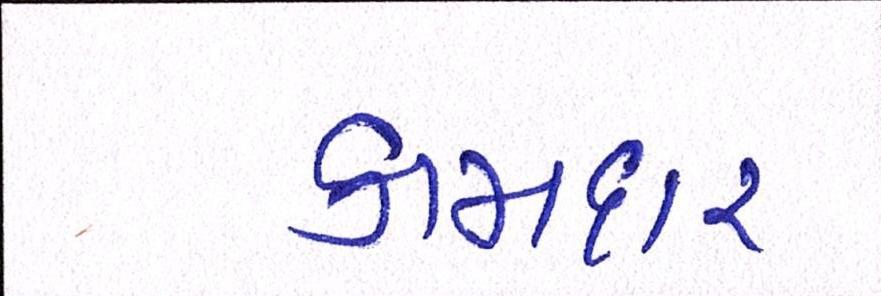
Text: કામદાર